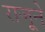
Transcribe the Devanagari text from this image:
राजूने